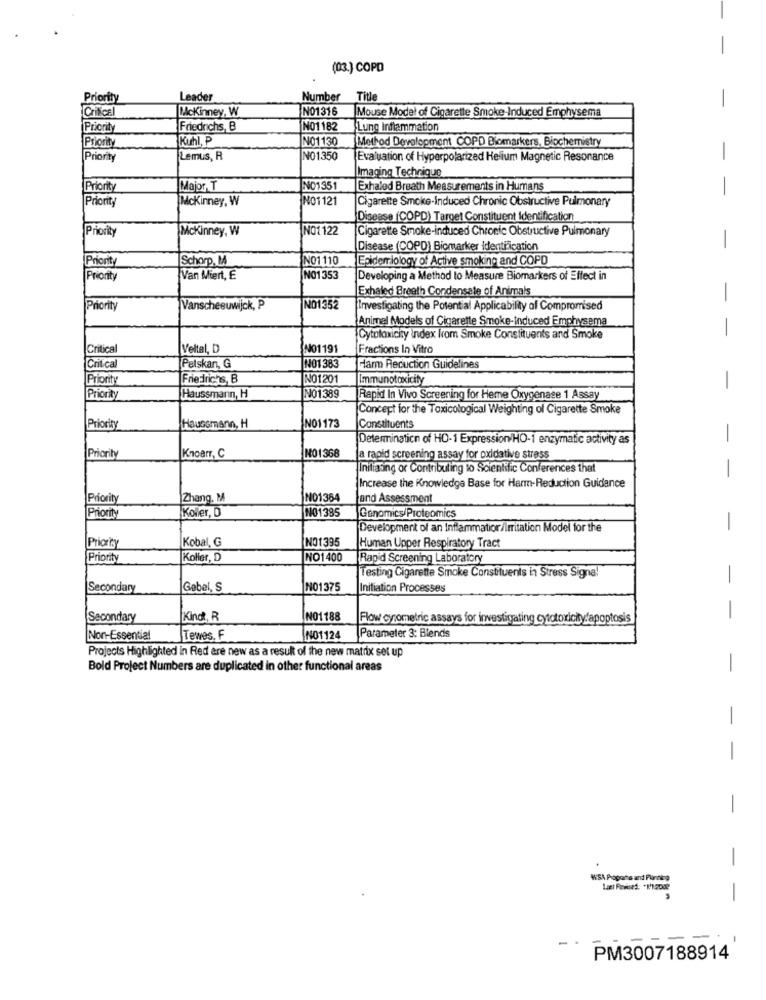
-
(03.) COPD
Priority
Leader
Number
Title
CriNice
Mckinney, W
NO1316
Mouse Model of Cigarette Smoke-Induced Emphysema
-
Priority
Friedrichs, B
NO1182
Lung Inflammation
Kuhl, P
NO1130
Method Development COPD Biomarkers, Biochemistry
Priority
Lemus, R
NO1350
Evaluation of Hyperpolarized Helium Magnetic Resonance
Imaging Technique
Priority
Major T
NO1351
Exhaled Breath Measurements in Humans
-
Priority
Mckinney, W
NO1121
Cigarette Smoke-Induced Chronic Obstructive Pulmonary
Disease (COPD) Target Constituent Identification
Priority
Mckinney, W
NO1 122
Cigarette Smoke-induced Chronic Obstructive Pulmonary
Disease (COPD) Biomarker Identification
Prionit
Schorp, MA
NO1 110
Epidemiology of Active smoking and COPD
-
Priority
Van Miert, E
NO1353
Developing a Method to Measure Biomarkers of Effect in
Exhaled Breath Condensate of Animals
Priority
Vanscheeuwijck, P
NO1352
Investigating the Potential Applicability of Compromised
Animal Models of Cigarette Smoke-induced Emphysema
Cytotoxicity index krom Smoke Constituents and Smoke
--
Critical
Veltal, D
NO1191
Fractions In Vitro
Critical
Palskan, G
NO1 383
Harm Reduction Guidelines
Priority
Friedrichs, B
NO1201
Immunotoxicity
-
Priority
Haussmann, H
NO1389
Rapid In Vivo Screening for Heme Oxygenase 1 Assay
Concept for the Toxicological Weighting of Cigarette Smoke
Priority
Haussmann, H
NO1173
Constituents
Determination of HO-1 Expression/HO-1 enzymatic activity as
-
Priority
Knoerr, C
NO1368
a rapid screening assay for oxidative stress
Initiating or Contributing to Scientific Conferences that
-
Increase the Knowledge Base for Harm-Reduction Guidance
Priority
Zhang. M
NO1364
and Assessment
Koller, D
NO1385
Priority
Genomics/Proteomics
-
Development of an Inflammation/Irritation Model for the
Kobal, G
NO1395
Priority
Human Upper Respiratory Tract
Priority
Koller, D
NO1400
Rapid Screening Laboratory
Testing Cigarette Smoke Constituents in Stress Signa!
-
Secondary
Gebel, S
NO1375
Initiation Processes
-
Secondary
Kind, R
NO1188
Flow cyometric assays for investigating cytotoxicity/apoptosis
Non-Essential
Tewes. F
NO1124
Parameter 3: Blends
Projects Highlighted in Red are new as a result of the new matrix set up
Bold Project Numbers are duplicated in other functional areas
-
-
-
-
WSA Propone and Plannerg
-
-
-
PM3007188914